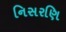
નિસરણિ